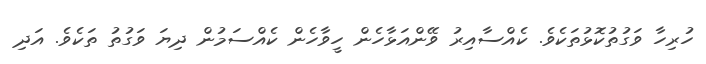
ހުރިހާ ވަގުތުކޮޅުތަކެވެ. ކެއްސާއިރު ވޭންއަޅާހެން ހީވާހެން ކެއްސަމުން ދިޔަ ވަގުތު ތަކެވެ. އަދި